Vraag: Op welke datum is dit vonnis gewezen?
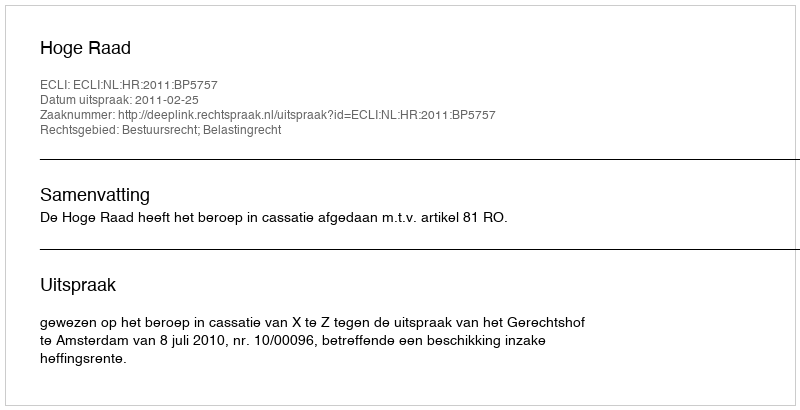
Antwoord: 2011-02-25